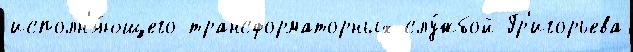
исполн'я́ющего трансформаторных слу́жбой Гр'игорьева